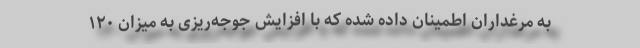
به مرغداران اطمینان داده شده که با افزایش جوجه‌ریزی به میزان ۱۲۰